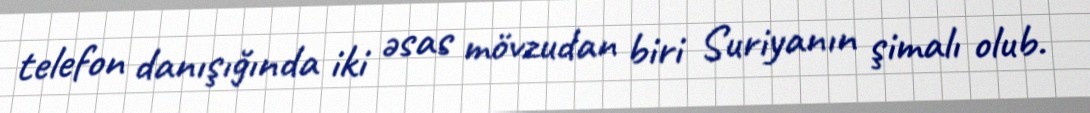
telefon danışığında iki əsas mövzudan biri Suriyanın şimalı olub.